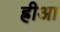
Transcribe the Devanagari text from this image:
ह्रीआ